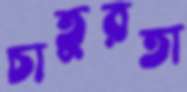
চাতুরতা